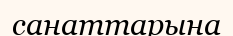
санаттарына